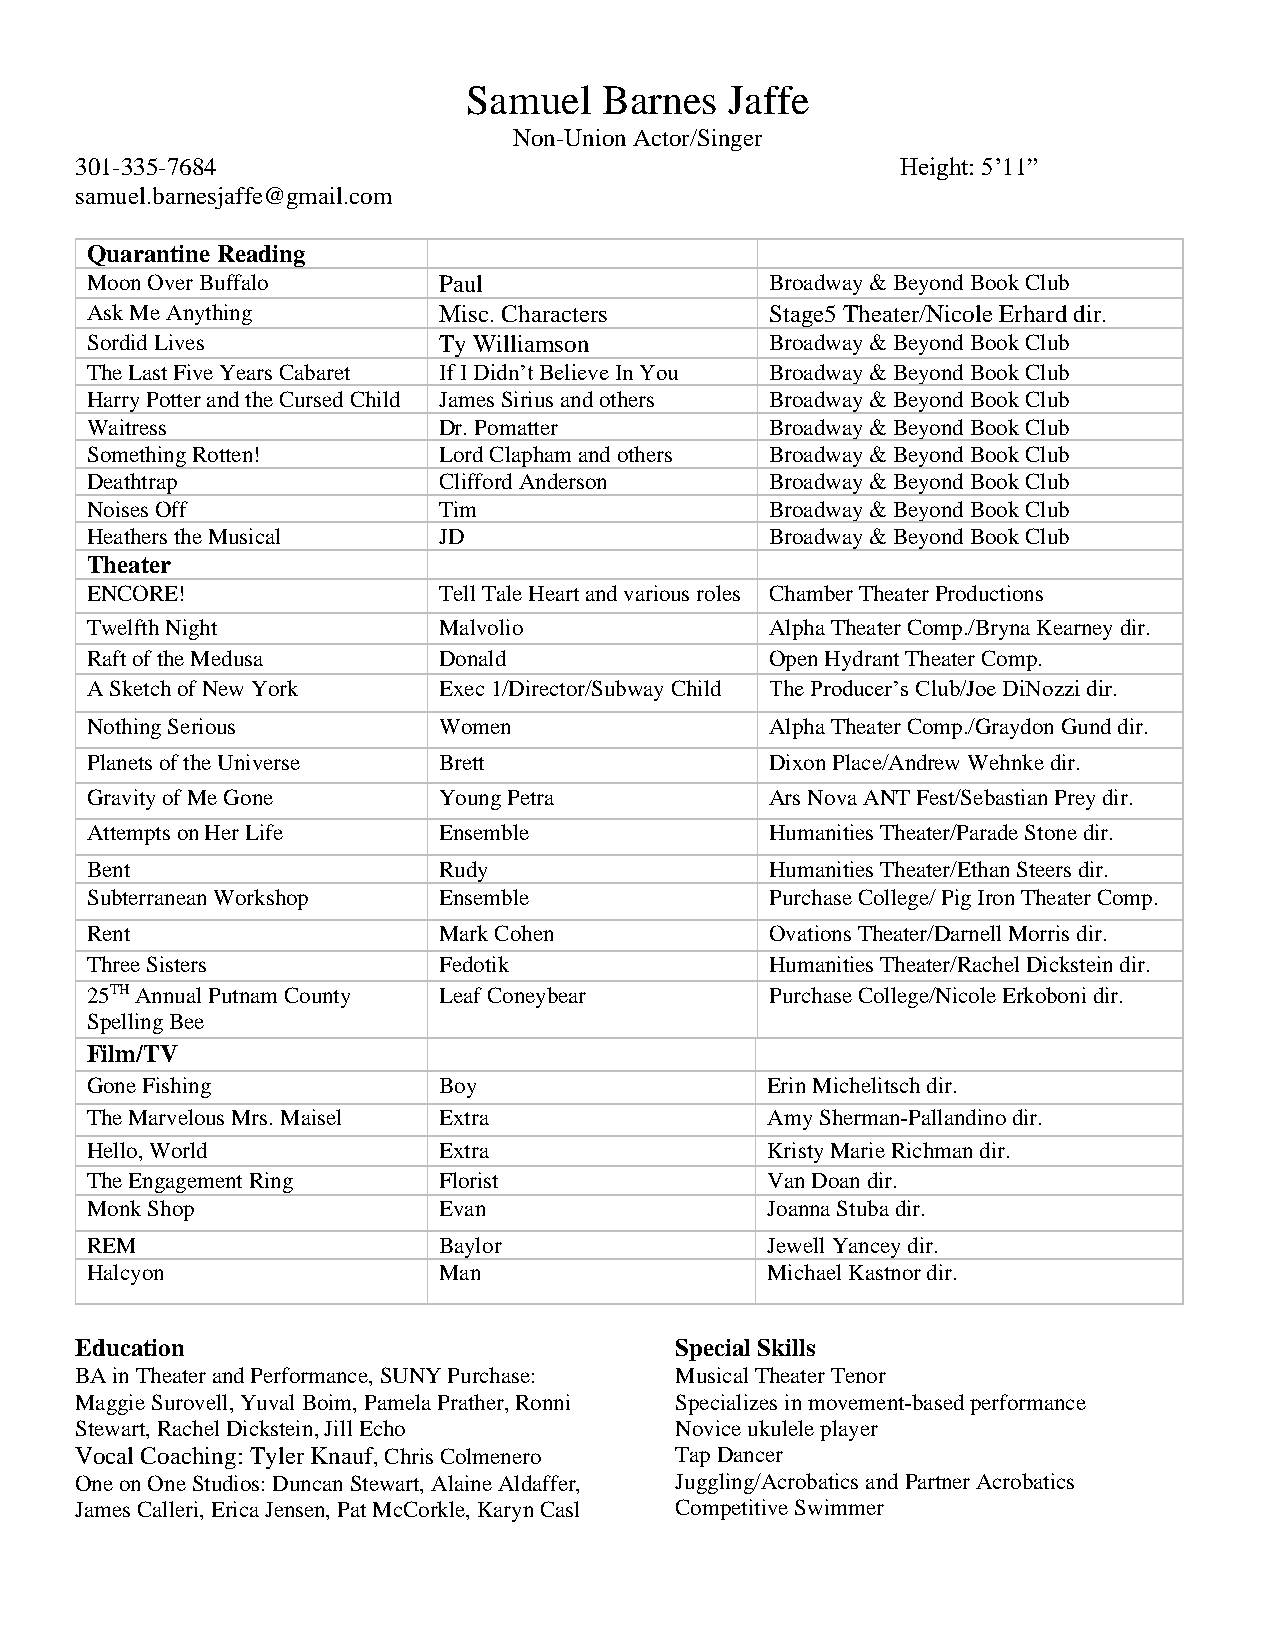
Samuel   Barnes  Jaffe
 Non-Union Actor/Singer
 301-335-7684                                           Height: 5’11”
 samuel.barnesjaffe@gmail.com
 Quarantine Reading
 Moon Over Buffalo      Paul                  Broadway & Beyond Book Club
 Ask Me Anything        Misc. Characters      Stage5 Theater/Nicole Erhard dir.
 Sordid Lives           Ty Williamson         Broadway & Beyond Book Club
 The Last Five Years Cabaret If I Didn’t Believe In You Broadway & Beyond Book Club
 Harry Potter and the Cursed Child James Sirius and others Broadway & Beyond Book Club
 Waitress               Dr. Pomatter          Broadway & Beyond Book Club
 Something Rotten!      Lord Clapham and others Broadway & Beyond Book Club
 Deathtrap              Clifford Anderson     Broadway & Beyond Book Club
 Noises Off             Tim                   Broadway & Beyond Book Club
 Heathers the Musical   JD                    Broadway & Beyond Book Club
 Theater
 ENCORE!                Tell Tale Heart and various roles Chamber Theater Productions
 Twelfth Night          Malvolio              Alpha Theater Comp./Bryna Kearney dir.
 Raft of the Medusa     Donald                Open Hydrant Theater Comp.
 A Sketch of New York   Exec 1/Director/Subway Child The Producer’s Club/Joe DiNozzi dir.
 Nothing Serious        Women                 Alpha Theater Comp./Graydon Gund dir.
 Planets of the Universe Brett                Dixon Place/Andrew Wehnke dir.
 Gravity of Me Gone     Young Petra           Ars Nova ANT Fest/Sebastian Prey dir.
 Attempts on Her Life   Ensemble              Humanities Theater/Parade Stone dir.
 Bent                   Rudy                  Humanities Theater/Ethan Steers dir.
 Subterranean Workshop  Ensemble              Purchase College/ Pig Iron Theater Comp.
 Rent                   Mark Cohen            Ovations Theater/Darnell Morris dir.
 Three Sisters          Fedotik               Humanities Theater/Rachel Dickstein dir.
 25TH Annual Putnam County Leaf Coneybear     Purchase College/Nicole Erkoboni dir.
 Spelling Bee
 Film/TV
 Gone Fishing           Boy                   Erin Michelitsch dir.
 The Marvelous Mrs. Maisel Extra              Amy Sherman-Pallandino dir.
 Hello, World           Extra                 Kristy Marie Richman dir.
 The Engagement Ring    Florist               Van Doan dir.
 Monk Shop              Evan                  Joanna Stuba dir.
 REM                    Baylor                Jewell Yancey dir.
 Halcyon                Man                   Michael Kastnor dir.
 Education                               Special Skills
 BA in Theater and Performance, SUNY Purchase: Musical Theater Tenor
 Maggie Surovell, Yuval Boim, Pamela Prather, Ronni Specializes in movement-based performance
 Stewart, Rachel Dickstein, Jill Echo    Novice ukulele player
 Vocal Coaching: Tyler Knauf, Chris Colmenero Tap Dancer
 One on One Studios: Duncan Stewart, Alaine Aldaffer, Juggling/Acrobatics and Partner Acrobatics
 James Calleri, Erica Jensen, Pat McCorkle, Karyn Casl Competitive Swimmer